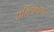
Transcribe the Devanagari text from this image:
प्रतिपक्षता।